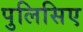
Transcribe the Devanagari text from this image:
पुलिसिए